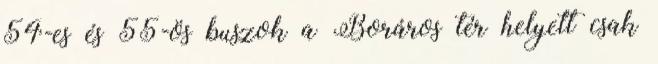
54-es és 55-ös buszok a Boráros tér helyett csak